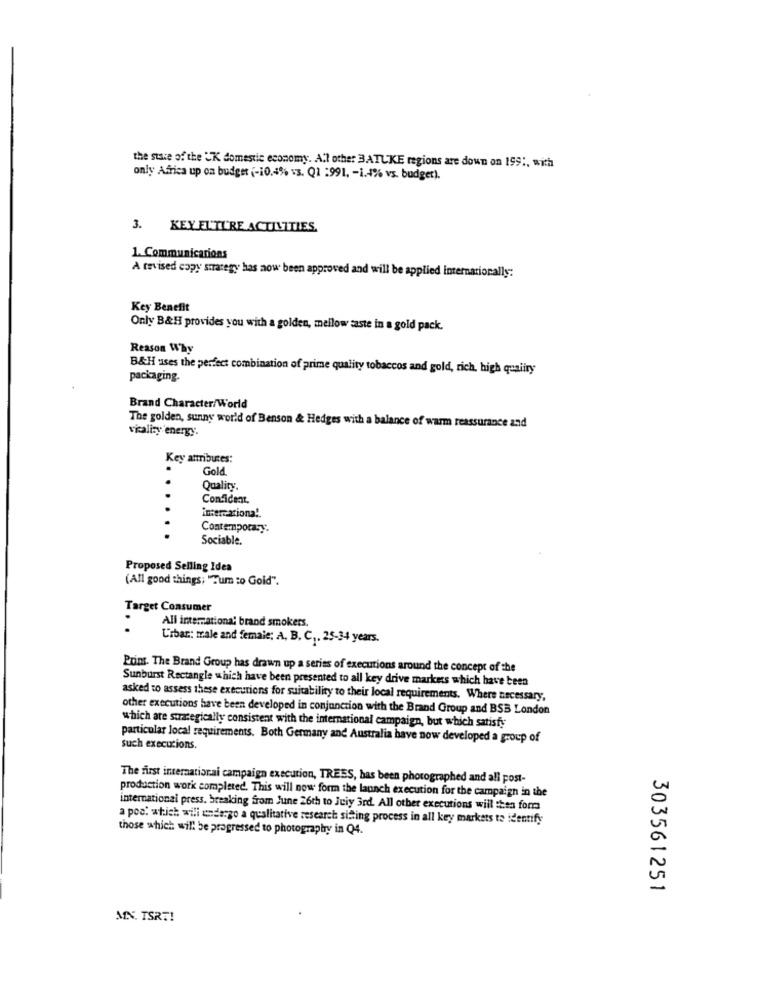
the state of the UK domestic economy. All other BATUKE regions are down on 199 :, with
only Africa up on budget (-10.4% vs. Q1 :991, - 1.4% vs. budget).
3. KEY EL'IL'RE ACTIVITIES.
1. Communications
A tevised copy strategy has now been approved and will be applied internationally:
Key Benefit
Only B&H provides you with a golden, mellow saste in a gold pack.
Reason Why
B&H uses the perfect combination of prime quality tobaccos and gold, rich, high quality
packaging.
Brand Character/World
vkalizy energy.
The golden, sunny world of Benson & Hedges with a balance of warm reassurance and
Key attributes:
Gold
Quality.
Confident,
insercationa !.
Contemporary.
Sociable.
Proposed Selling Idea
(All good things; "Tum :o Goid".
Target Consumer
All international brand smokers.
L'iban: male and female; A, B, C ,. 25-34 years.
Prins. The Brand Group has drawn up a series of executions around the concept of the
Sunburst Rectangle which have been presented to all key drive markets which have been
asked to assess these execurions for suitability to their local requirements. Where necessary,
other executions have been developed in conjunction with the Brand Group and BSB London
which are sexcegically consistent with the international campaign, but which satisfy
particular local requirements. Both Germany and Australia have now developed a group of
such executions.
The first international campaign execution, TREES, has been photographed and all post-
production work completed. This will now form the launch execution for the campaign in the
international press. breaking from June 26th to Jeiy 3rd. All other executions will then for
a pod: which will undergo a qualitative research sifting process in all key markets to identify
those which will be progressed to photography in Q4.
303561251
MN. TSRT!